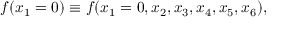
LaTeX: f ( x _ { 1 } = 0 ) \equiv f ( x _ { 1 } = 0 , x _ { 2 } , x _ { 3 } , x _ { 4 } , x _ { 5 } , x _ { 6 } ) ,